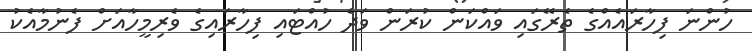
ހުންނަ ފިހާރައެއްގެ ތެރޭގައި ވައްކަން ކުރަން ވަދެ ހުއްޓައި ފިހާރައިގެ ވެރިމީހާއަށް ފެނުމާއެކު